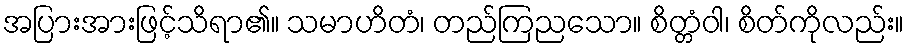
အပြားအားဖြင့်သိရာ၏။ သမာဟိတံ၊ တည်ကြညသော။ စိတ္တံဝါ၊ စိတ်ကိုလည်း။